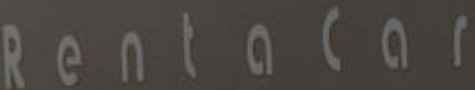
RentaCar